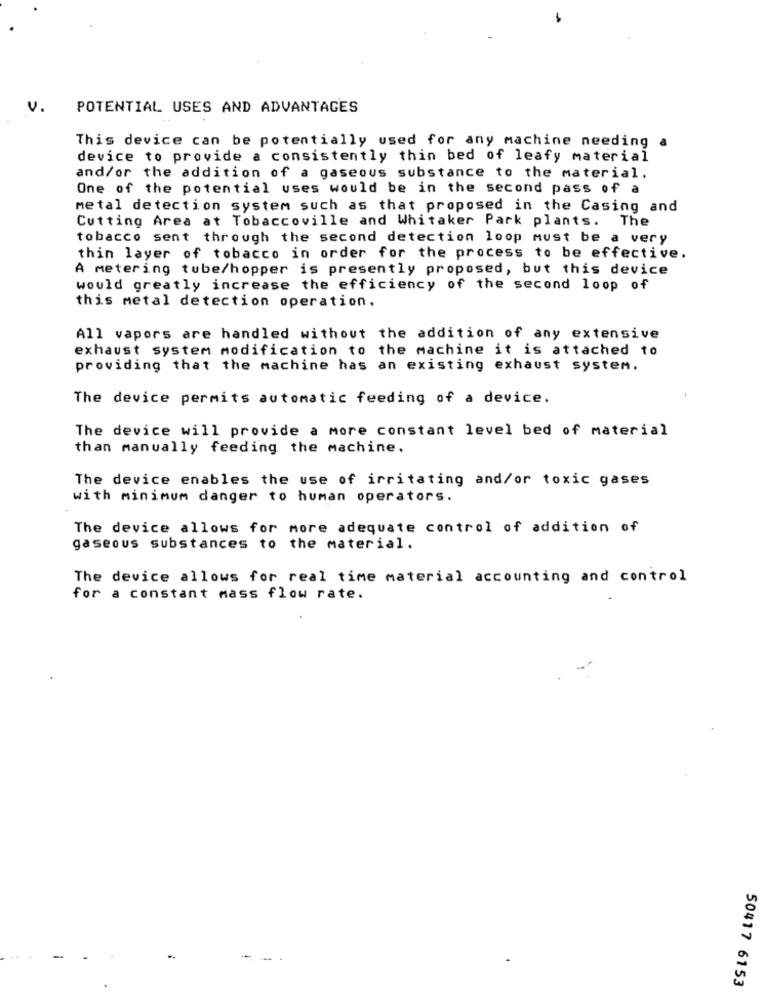
POTENTIAL USES AND ADVANTAGES
This device can be potentially used for any machine needing
device to provide a consistently thin bed of leafy material
and/or the addition of a gaseous substance to the material.
One of the potential uses would be in the second pass of a
metal detection system such as that proposed in the Casing and
Cutting Area at Tobaccoville and Whitaker Park plants. The
tobacco sent through the second detection loop must be a very
thin layer of tobacco in order for the process to be effective.
A metering tube/hopper is presently proposed, but this device
would greatly increase the efficiency of the second loop of
this metal detection operation.
All vapors are handled without the addition of any extensive
exhaust system modification to the machine it is attached to
providing that the machine has an existing exhaust system.
The device permits automatic feeding of a device.
The device will provide a more constant level bed of material
than manually feeding the machine.
The device enables the use of irritating and/or toxic gases
with minimum danger to human operators.
The device allows for more adequate control of addition of
gaseous substances to the material.
The device allows for real time material accounting and control
for a constant mass flow rate.
50417 6153